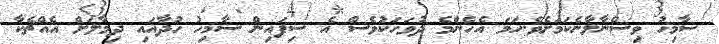
ސާމިހު ވިސްނާލާނެކަމަށެވެ.ހަމަ އެހެންމެ ދުވަހަކުވެސް އެ ސިފައިން ސާމިހު ހުދާއައި ދިމާލަށް އެއްޗެކާ